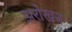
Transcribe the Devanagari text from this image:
झरोखन